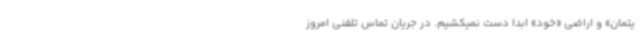
یتمان» و اراضی «خود» ابدا دست نمیکشیم. در جریان تماس تلفنی امروز